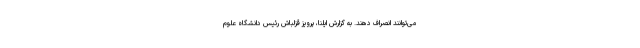
می‌توانند انصراف دهند. به گزارش ایلنا، پرویز قزلباش رئیس دانشگاه علوم